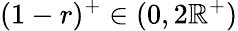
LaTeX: (1-r)^{+}\in(0,2\mathbb{R}^{+})